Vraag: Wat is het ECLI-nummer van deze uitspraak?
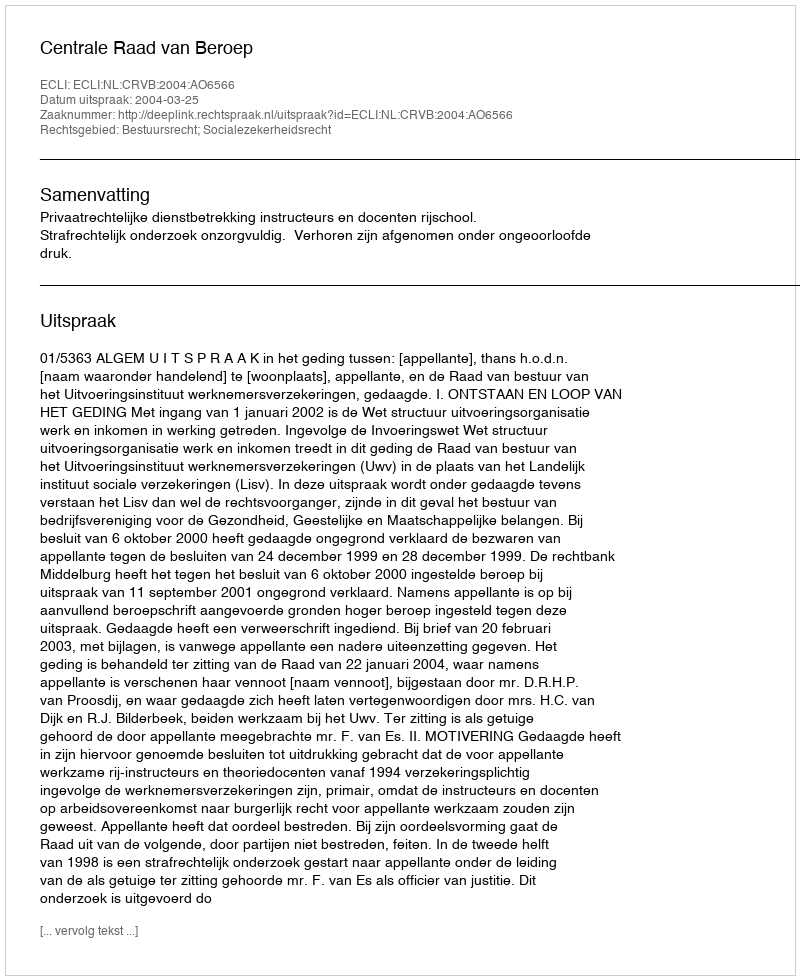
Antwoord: ECLI:NL:CRVB:2004:AO6566